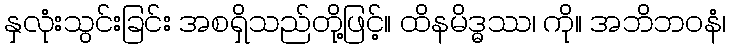
နှလုံးသွင်းခြင်း အစရှိသည်တို့ဖြင့်။ ထိနမိဒ္ဓဿ၊ ကို။ အဘိဘဝနံ၊